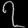
Digit: ၇